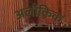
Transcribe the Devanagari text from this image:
अलौकिक्